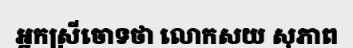
អ្នកស្រីចោទថា លោកសយ សុភាព